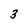
Character: 3